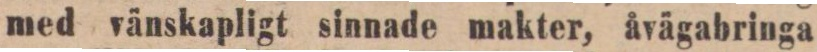
med vänskapligt sinnade makter, åvägabringa